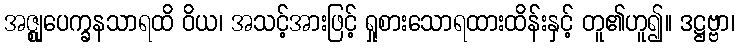
အဇ္ဈုပေက္ခနသာရထိ ဝိယ၊ အသင့်အားဖြင့် ရှုစားသောရထားထိန်းနှင့် တူ၏ဟူ၍။ ဒဋ္ဌဗ္ဗာ၊